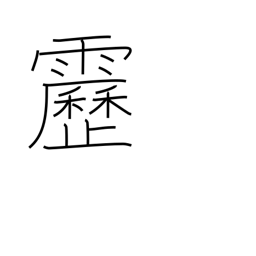
Meaning: lightening